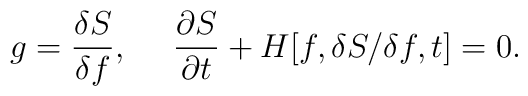
g=\frac{\delta S}{\delta f},~~~~\frac{\partial S}{\partial t} + H[f, \delta S/\delta f,t] = 0 .